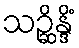
သဉ္ဆိန္ဒိံ